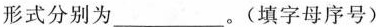
形式分别为________。(填字母序号)